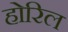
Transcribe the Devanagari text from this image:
होरिल